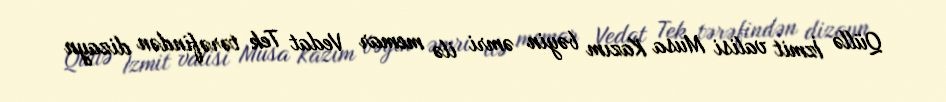
Qüllə İzmit valisi Musa Kazım bəyin əmri ilə memar Vedat Tek tərəfindən dizayn